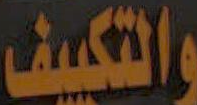
والتكييف